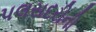
પલસદરીની